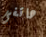
هاتفى